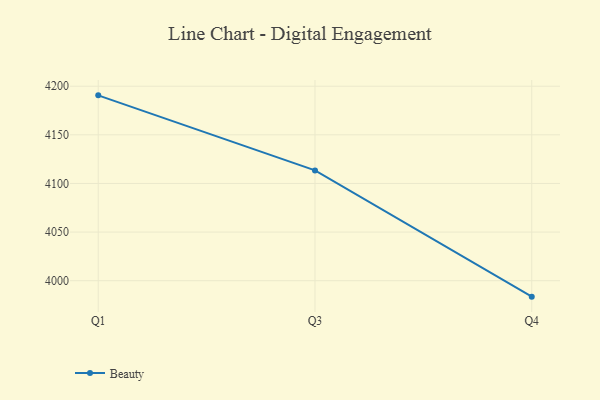
{"axis": {"x": "Quarter", "y": "Website Visitors"}, "legend": ["Beauty"], "data": [{"x": "Q1", "y": 4190.6, "type": "Beauty"}, {"x": "Q3", "y": 4113.4, "type": "Beauty"}, {"x": "Q4", "y": 3983.6, "type": "Beauty"}]}